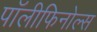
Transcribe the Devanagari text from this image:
पॉलीफिनोल्स